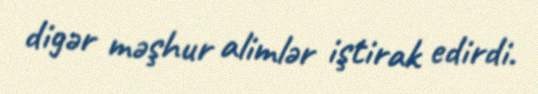
digər məşhur alimlər iştirak edirdi.